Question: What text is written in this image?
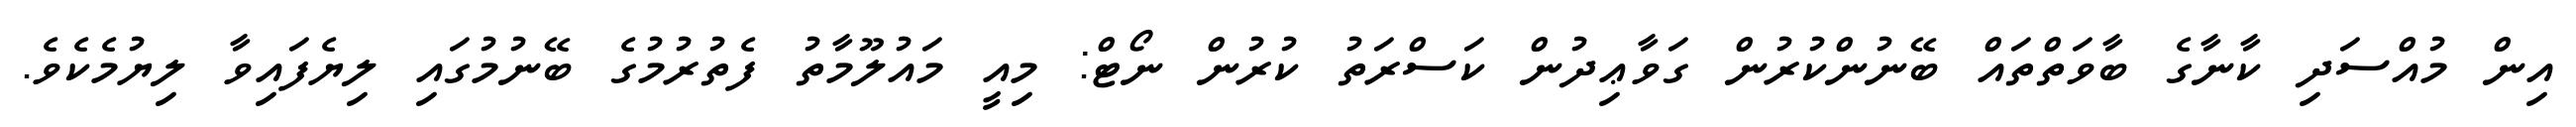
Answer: އިން މުއްސަދި ކާނާގެ ބާވަތްތައް ބޭނުންކުރުން ގަވާޢިދުން ކަސްރަތު ކުރުން ނޯޓް: މިއީ މައުލޫމާތު ފެތުރުމުގެ ބޭނުމުގައި ލިޔެފައިވާ ލިޔުމެކެވެ.